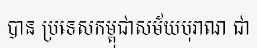
បាន ប្រទេសកម្ពុជាសម័យបុរាណ ជា